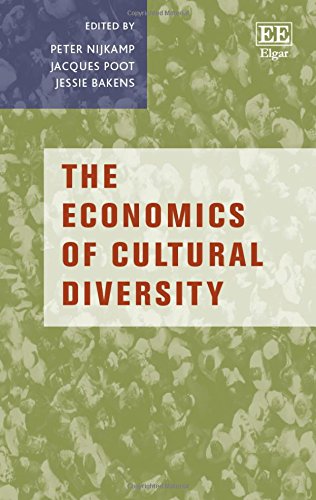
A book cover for The Economics of Cultural Diversity; Peter Nijkamp; Business & Money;